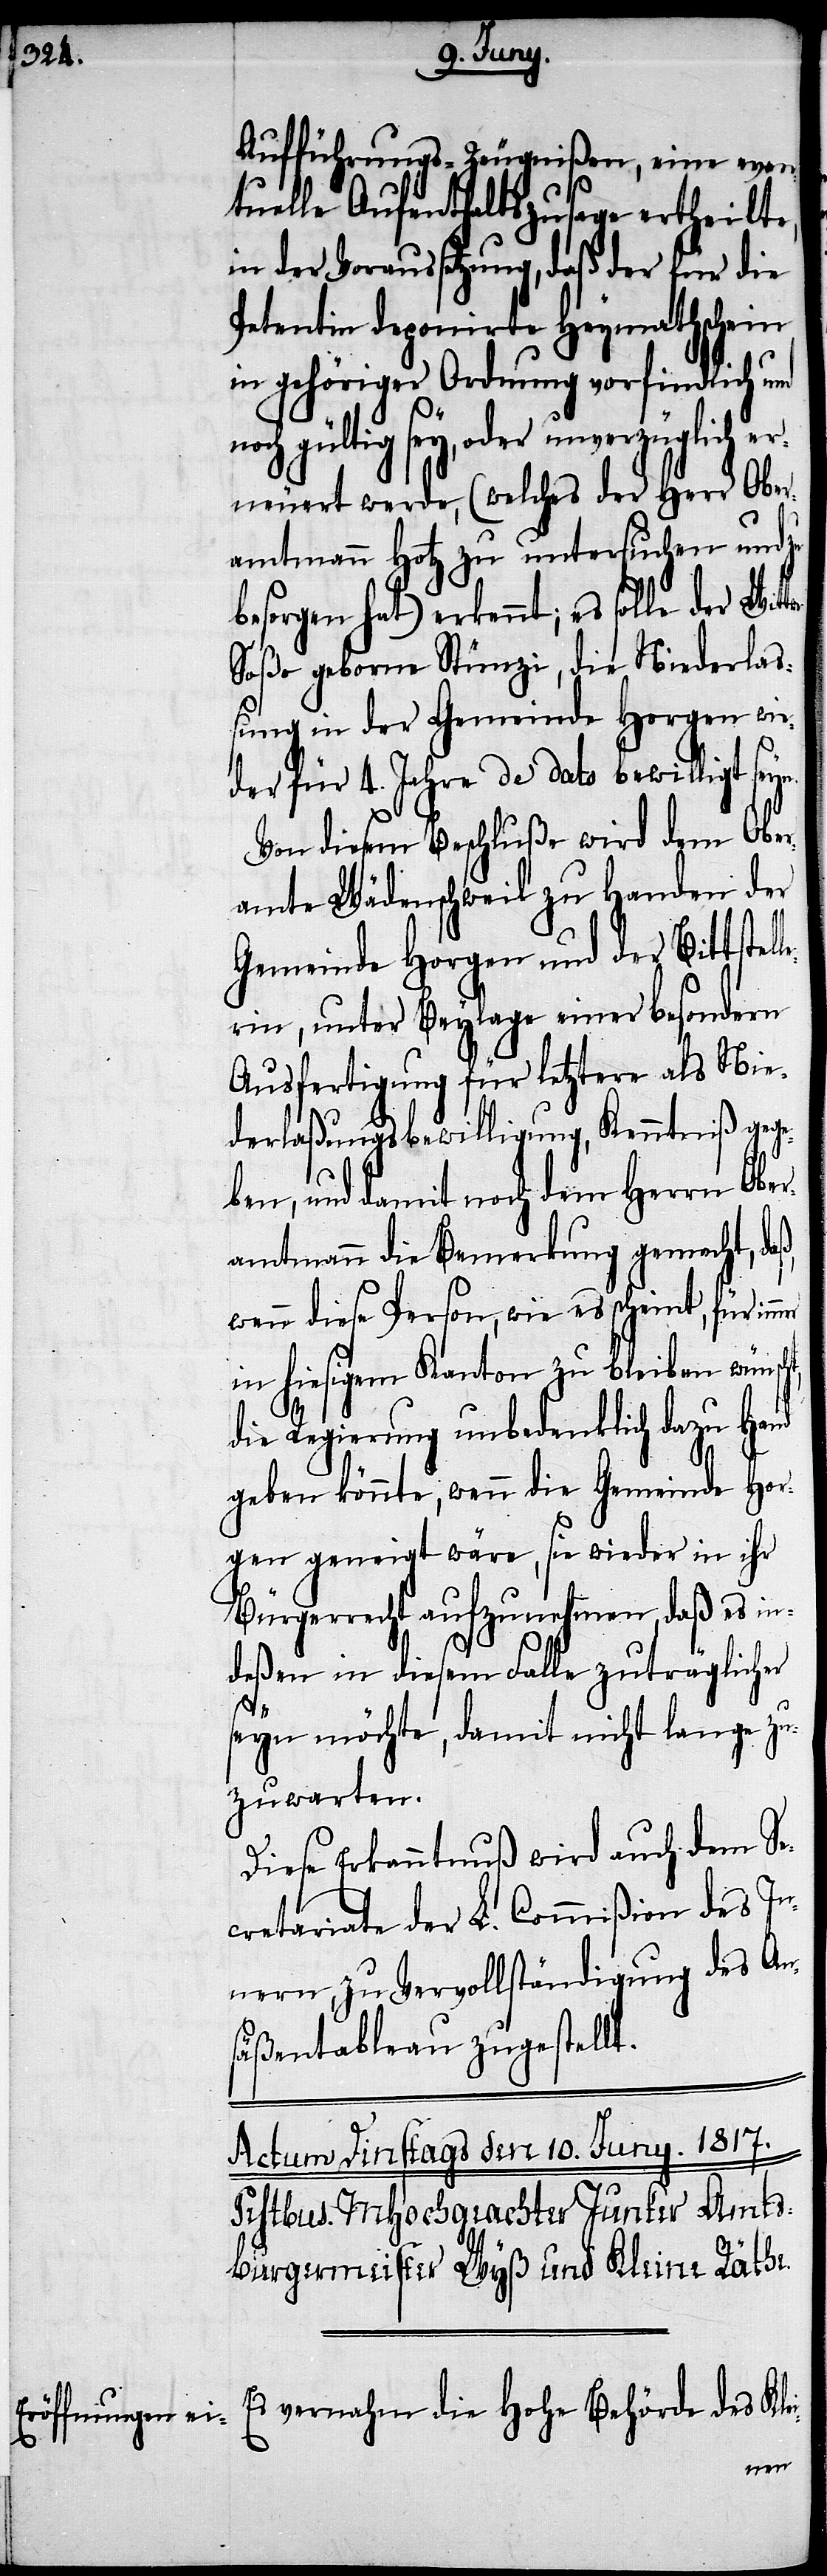
Aufführungs-Zeugnißen, eine even¬
tuelle Aufenthaltszusage ertheilte,
in der Voraussetzung, daß der für die
Petentin deponirte Heymathschein
in gehöriger Ordnung vorfindlich und
gültig sey, oder unverzüglich e¬
rneuert werde, (welches der Herr Ober¬
amtmann Hotz zu untersuchen und zu
besorgen hat) erkennt; es solle
Soße geborne Stünzi, die Niederlaß¬
ung in der Gemeinde Horgen wie¬
der für 4. Jahre de dato bewilligt seyn.
Von diesem Beschluße wird dem Ober¬
amte Wädenschweil zu Handen der
Gemeinde Horgen und der Bittstel¬
lerin, unter Beylage einer besondern
Ausfertigung für letztere als Nie¬
derlaßungsbewilligung, Kenntniß gege¬
ben, und damit noch dem Herrn Ober¬
amtmann die Bemerkung gemacht,
wenn diese Person, wie es scheint, für
in hiesigem Kanton zu bleiben wünscht,
die Regierung unbedenklich dazu Hand
geben könnte, wenn die Gemeinde Hor¬
gen geneigt wäre, sie wieder in ihr
Bürgerrecht aufzunehmen, daß es in¬
deßen in diesem Falle zuträglicher
seyn möchte, damit nicht lange zu
warten.
Diese Erkanntnuß wird auch dem Se¬
cretariate der L. Commißion des In¬
nern zur Vervollständigung des An¬
säßentableau zugestellt.